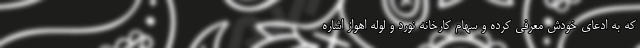
كه به ادعاي خودش معرفي كرده و سهام کارخانه نورد و‌ لوله اهواز اشاره